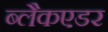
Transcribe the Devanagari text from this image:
ब्लैकएडर